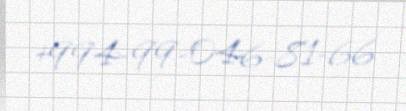
+994-99-046-81-66